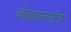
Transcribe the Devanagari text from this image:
कंकालतंत्र